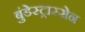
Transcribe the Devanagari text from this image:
बुंडेस्ट्रास्सेन